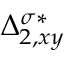
\Delta _ { 2 , x y } ^ { \sigma * }